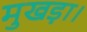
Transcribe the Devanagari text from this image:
मुखड़ा।